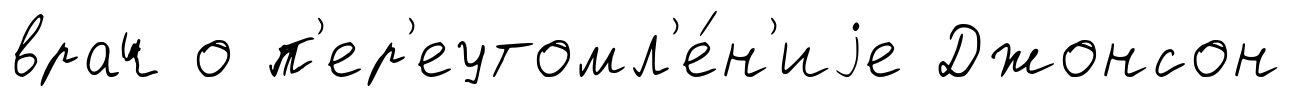
врач о п'ер'еутомл'е́н'иjе Джонсон